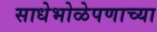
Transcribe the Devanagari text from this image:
साधेभोळेपणाच्या